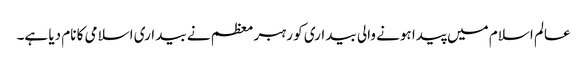
عالم اسلام میں پیدا ہونے والی بیداری کو رہبر معظم نے بیداری اسلامی کا نام دیا ہے۔